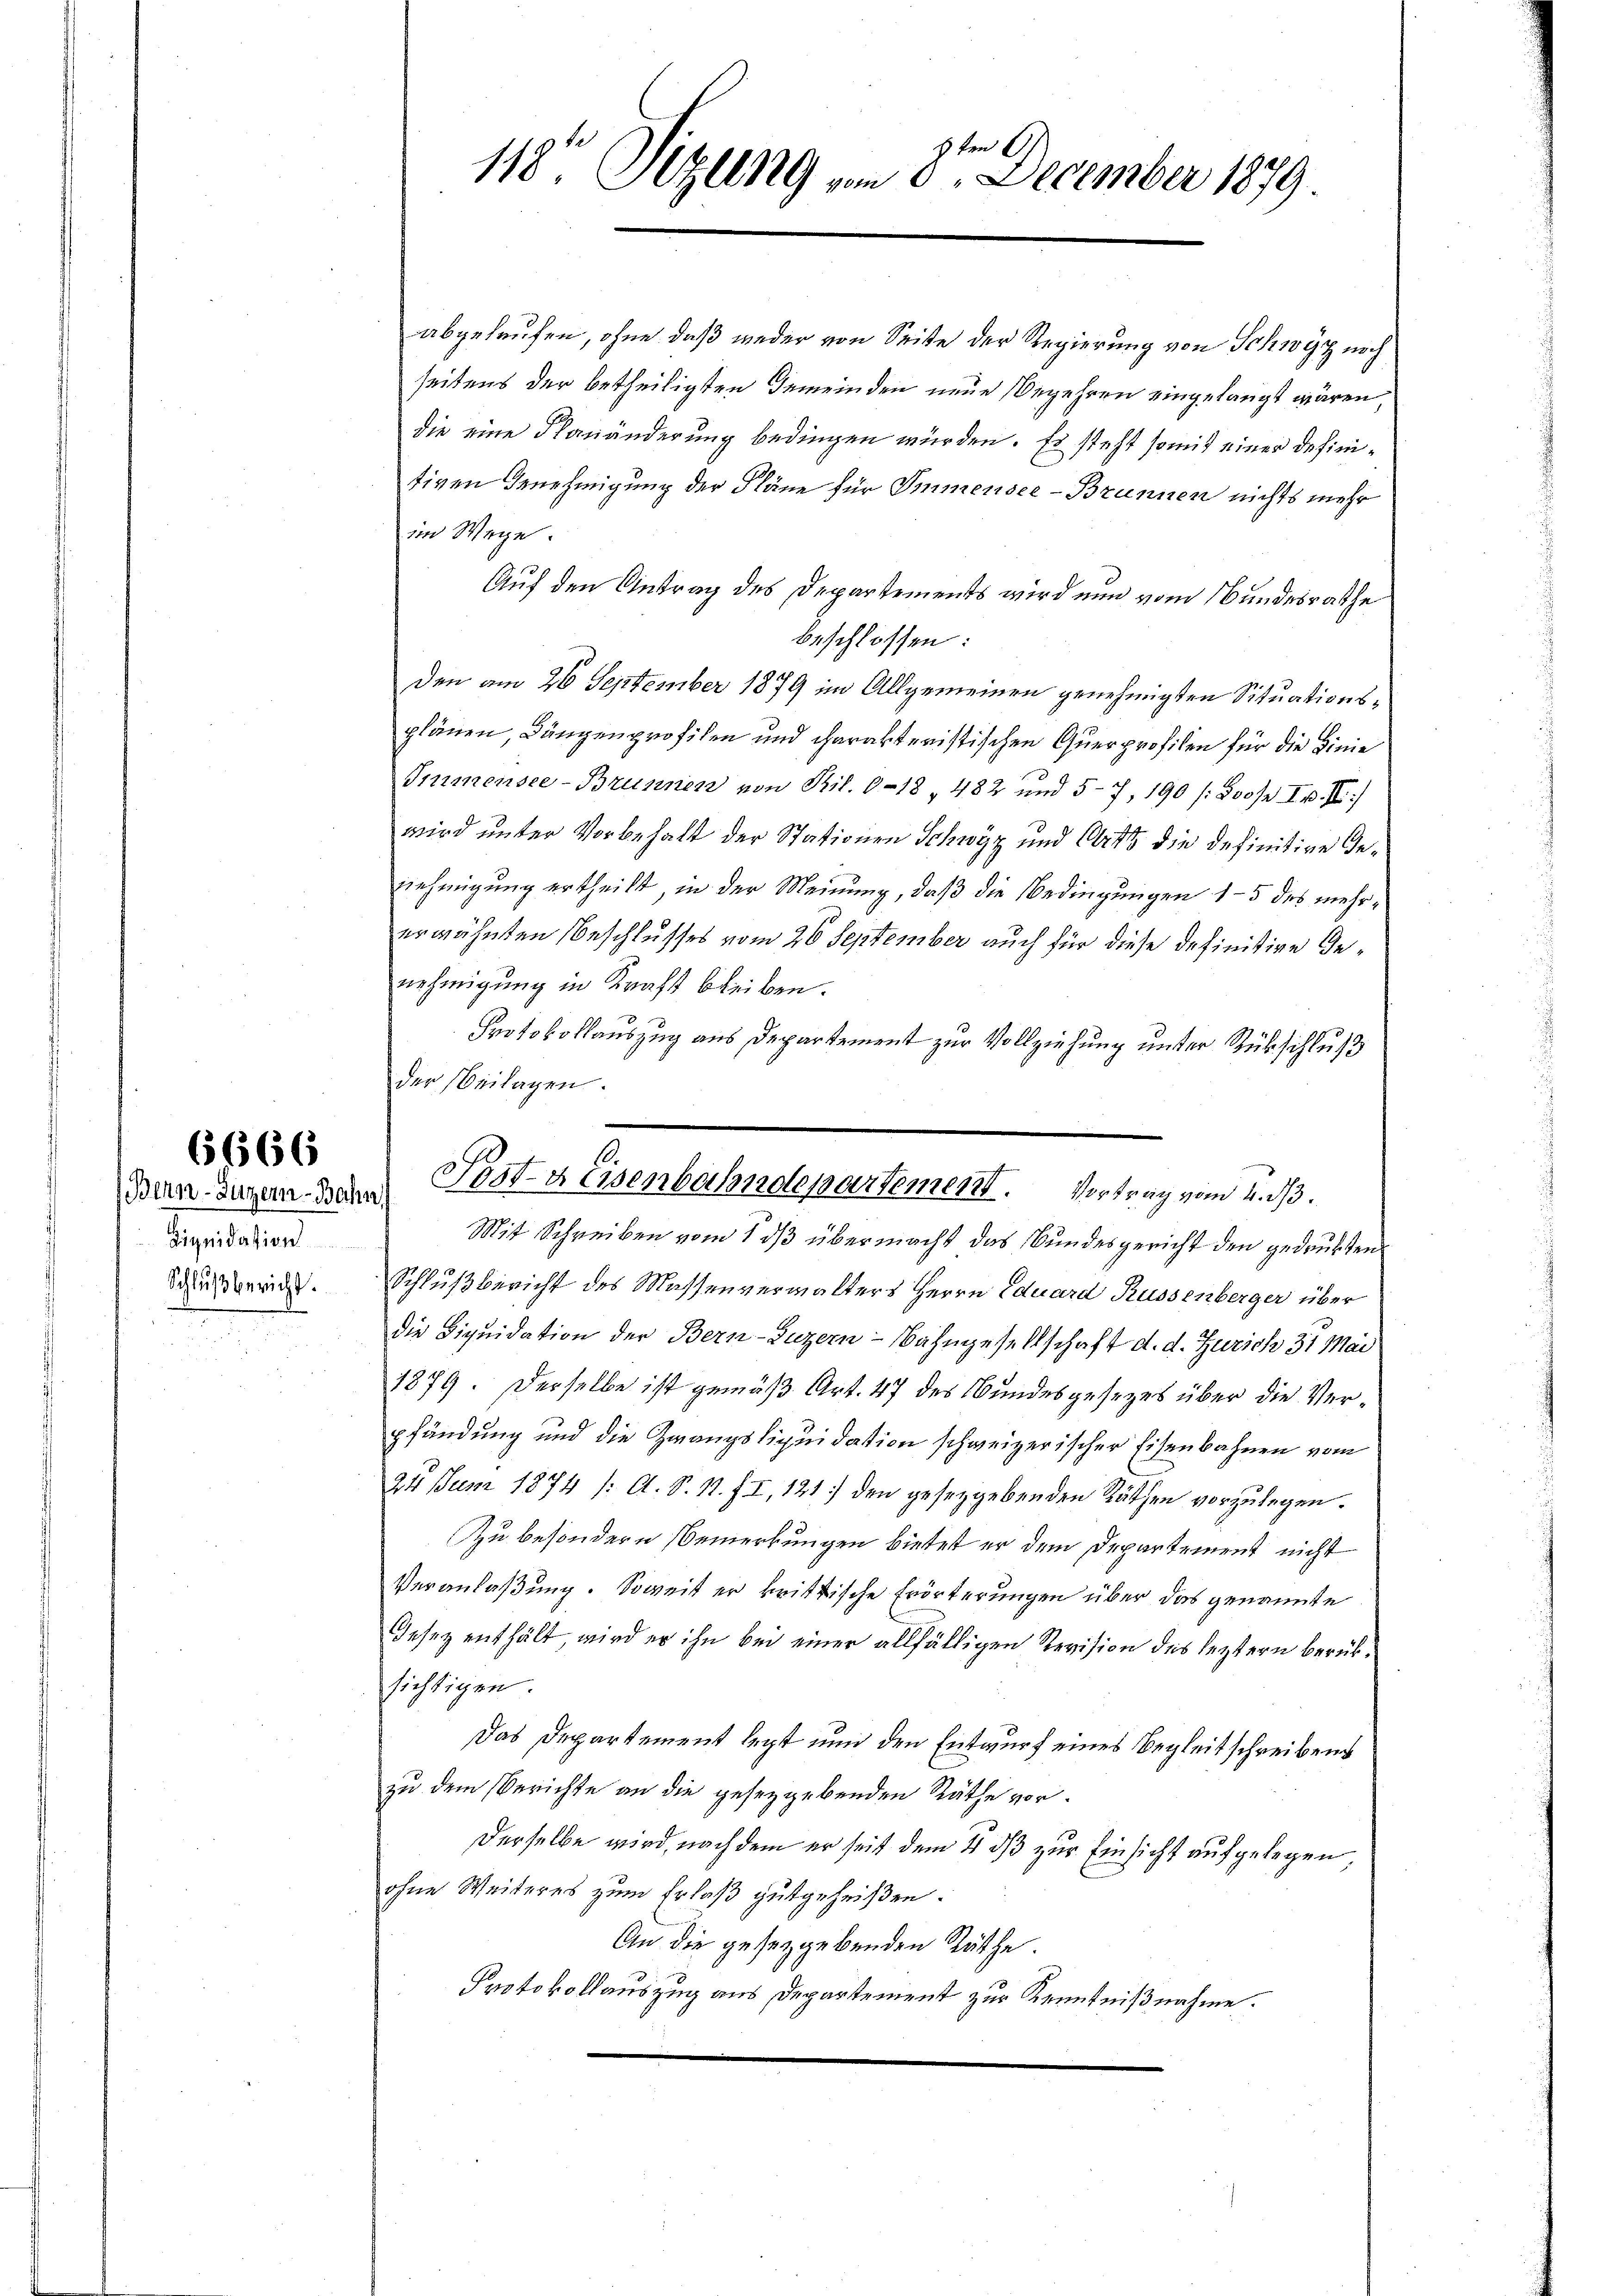
(Bern-Zuger-Bahn
Liquidation
Schlußbericht.

6666

3 ten
118. Stellig vom 6.
December 1879.

abgelaufen, ohne daß weder von Seite der Regierung von Schwyz noch
seitens der betheiligten Gemeinden neue Begehren eingelangt wären,
die eine Planänderung bedingen würden. Es steht somit einer definitiven Genehmigung der Pläne für Immensee-Brunnen nichts mehr
im Wege
Auf den Antrag des Departements wird nun vom Bundesrathe
beschlossen:
den am 26 September 1879 im Allgemeinen genehmigten Situationsplänen, Dängenprofilen und charakteristischen Querprofilen für die Linie
Immensee-Brunnen von Pil. 0-18, 482 und 57, 190 (800f I p. II)
wird unter Vorbehalt der Stationen Schwyz und Art die definitive Genehmigung ertheilt, in der Meinung, daß die Bedingungen 15 des mehrerwähnten Beschlusses vom 26 September auch für diese definitive Genehmigung in Kraft bleiben.
Protokollauszug aus Departement zur Vollziehung unter Rückschluß
der Beilagen.
.

Post Reisenbahndepartement. Vortrag vom 4. ds.
Mit Schreiben vom 1 dß übermacht das Bundesgericht den gedruckten

Schlußbericht des Massenverwalters Herrn Eduard Russenberger über
die Liquidation der Bern-Luzern - Bahngesellschaft d. d. Zürich 31 Mai
1879. Derselbe ist gemäß Art. 47 des Bundesgesezes über die Verpfändung und die Zwangsliquidation schweizerischer Eisenbahnen vom
24 Juni 1874 /: A. S. 11. II, 121 den gesetzgebenden Räthen vorzulegen.
Zu besondern Bemerkungen bietet er dem Departement nicht
Veranlaßung. Soweit er krittische Erörterungen über das genannte
Gesetz enthält, wird er ihn bei einer allfälligen Revision des leztern berühsichtigen.
Das Departement legt nun den Entwurf eines Begleitschreibens
zu dem Berichte an die gesetzgebenden Räthe vor¬
Derselbe wird, nach dem er seit dem 4 dß zur Einsicht aufgelegen
ohne Weiteres zum Erlaß gutgeheißen.
An die gesetzgebenden Räthe.
Protokollauszug aus Departement zur Kenntnißnahme.